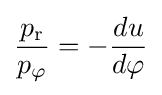
{\frac {p_{\mathrm {r} }}{p_{\mathrm {\varphi } }}}=-{\frac {du}{d\varphi }}